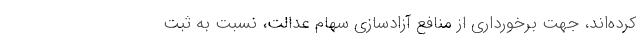
کرده‌اند، جهت برخورداری از منافع آزادسازی سهام عدالت، نسبت به ثبت